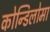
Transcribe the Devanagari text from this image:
कोन्डिलोमा